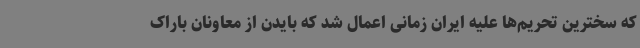
که سخترین تحریم‌ها علیه ایران زمانی اعمال شد که بایدن از معاونان باراک